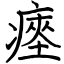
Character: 瘞